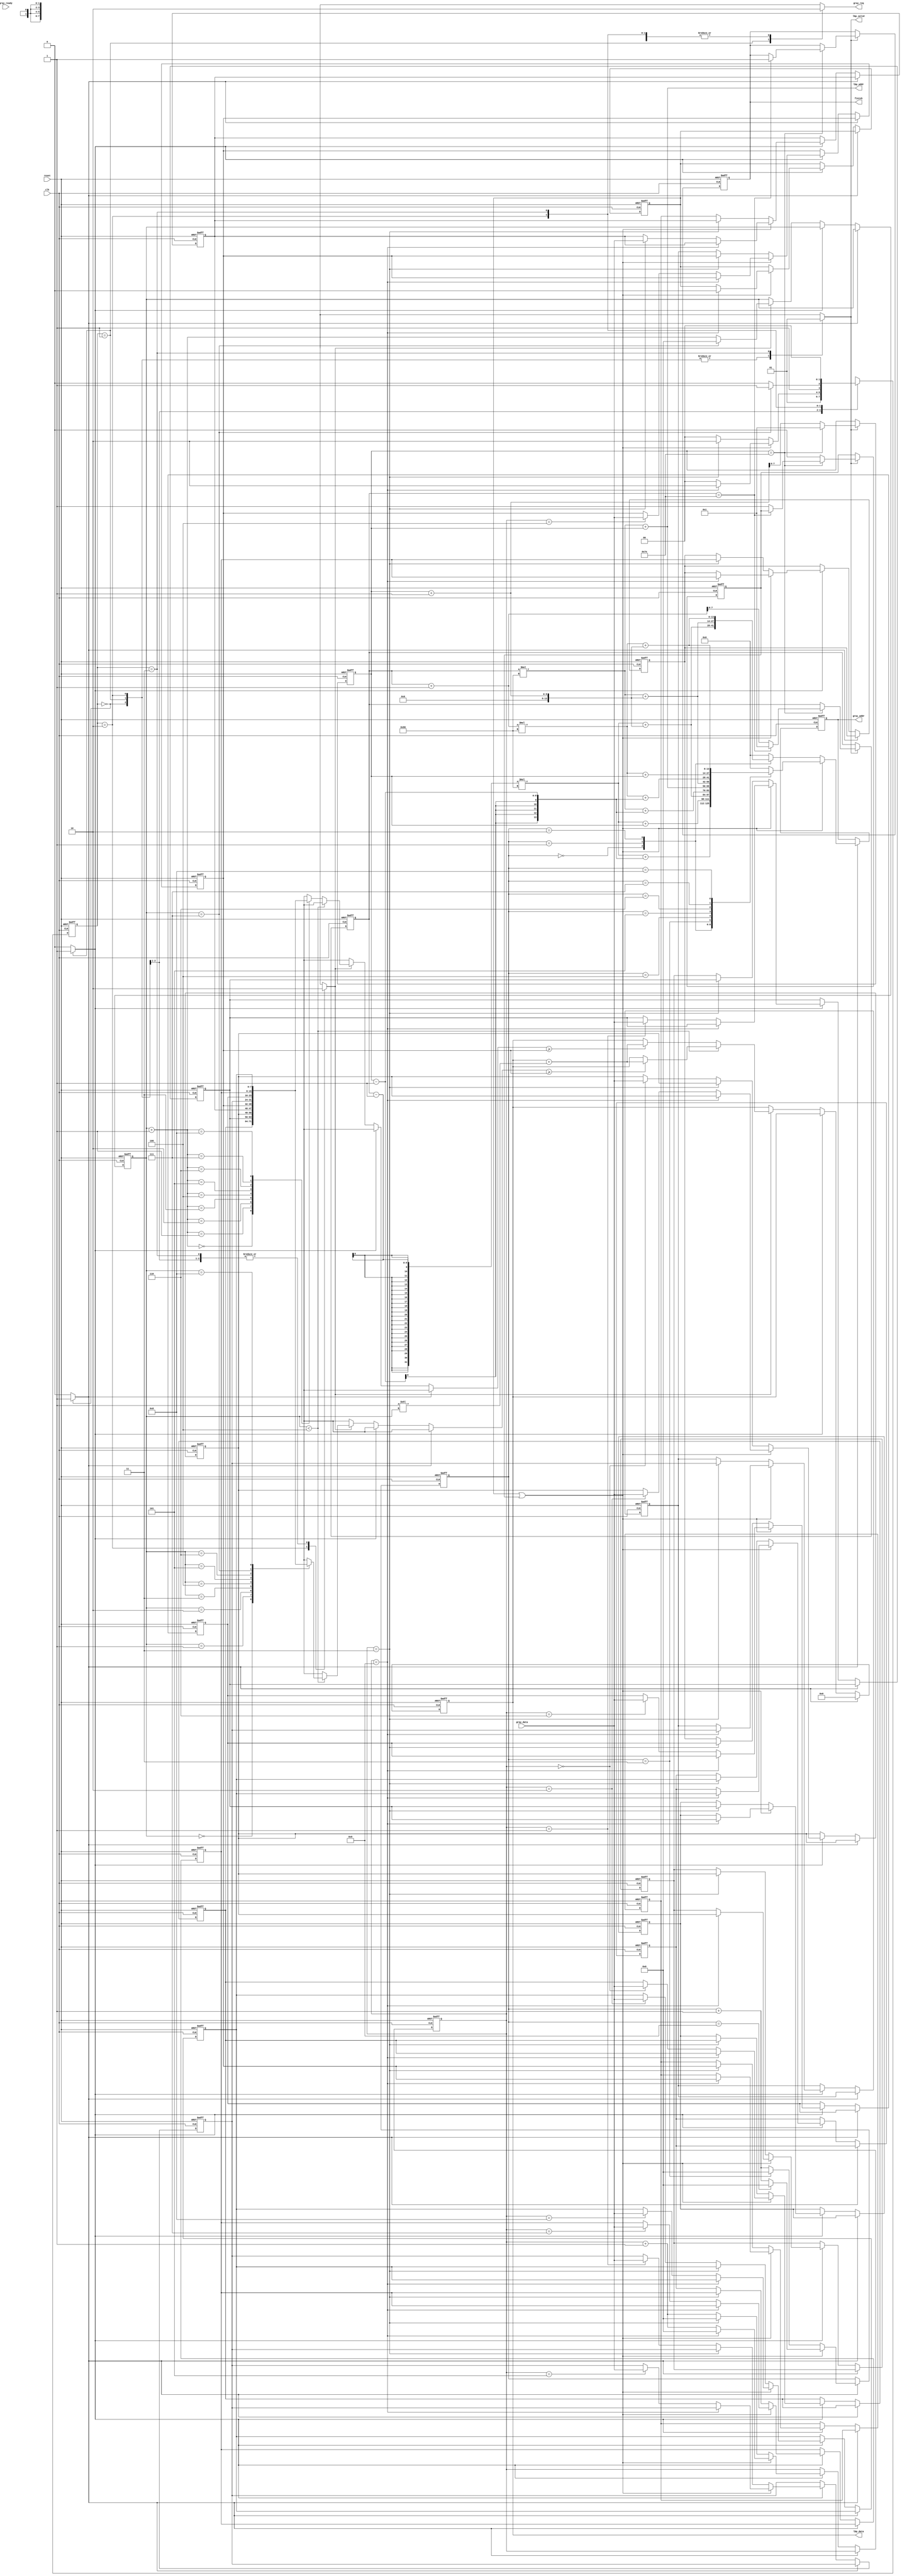
`timescale 1ns/10ps
module LBP ( clk, reset, gray_addr, gray_req, gray_ready, gray_data, lbp_addr, lbp_valid, lbp_data, finish);
input   	clk;
input   	reset;
output  [13:0] 	gray_addr;
output         	gray_req;
input   	gray_ready;
input   [7:0] 	gray_data;
output  [13:0] 	lbp_addr;
output  	lbp_valid;
output  [7:0] 	lbp_data;
output  	finish;
//====================================================================
reg [13:0] gray_addr_reg;
// reg [13:0] lbp_addr_reg;
reg lbp_valid_reg;
// reg [7:0] lbp_data_reg;
reg gray_req_reg;
reg finish_reg;

reg [1:0] CurrentState, NextState;

reg compute, write, load, send_addr;

reg [7:0] row,col;
reg [3:0] counter_addr, counter_load, counter_compute;

// reg [7:0] g_center;
reg [7:0] g_p [0:8];
reg [7:0] LBP_value;

integer i;
reg [7:0] g_p_old [0:8];
reg first_load, move_x;

assign gray_addr = gray_addr_reg;
// assign lbp_addr = lbp_addr_reg;
assign lbp_valid = lbp_valid_reg;
// assign lbp_data = lbp_data_reg;
assign gray_req = gray_req_reg;
assign finish = finish_reg;
assign lbp_data = LBP_value;
assign lbp_addr = row*128 + col;
// function integer s_function;
//     input [7:0] gp;
//     input [7:0] gc;
//     begin
//         if(gp>=gc)    s_function = 1'b1;
//         else    s_function = 1'b0;
//     end
// endfunction

always @(posedge clk, posedge reset) begin //calculate gray_addr & load data
    if(reset)begin
        gray_addr_reg <= 0;
        counter_addr <= 0;
        counter_load <= 0;
        // g_center <= 0;
        for(i=0;i<9;i=i+1)
            g_p[i] <= 0;
        for(i=0;i<9;i=i+1)
            g_p_old[i] <= 0;
        LBP_value <= 0;
        counter_compute <= 0;
        first_load <= 1;
    end
    else if(send_addr)begin
        LBP_value <= 0;
        if(first_load || move_x)begin
            case(counter_addr)
                4'd0: gray_addr_reg <= (row-1) * 128 + (col-1);
                4'd1: gray_addr_reg <= (row-1) * 128 + col;
                4'd2: gray_addr_reg <= (row-1) * 128 + (col+1);
                4'd3: gray_addr_reg <= row * 128 + (col-1);
                4'd4: gray_addr_reg <= row * 128 + col;
                4'd5: gray_addr_reg <= row * 128 + (col+1);
                4'd6: gray_addr_reg <= (row+1) * 128 + (col-1);
                4'd7: gray_addr_reg <= (row+1) * 128 + col;
                4'd8: gray_addr_reg <= (row+1) * 128 + (col+1);
                default: gray_addr_reg <= 0;    
            endcase      
            if(counter_addr==9)begin
                 counter_addr <= 0;
            end
            else begin
                counter_addr <= counter_addr + 1;   
            end
        end
        else begin
            case(counter_addr)
                4'd0: gray_addr_reg <= (row-1) * 128 + (col+1);
                4'd1: gray_addr_reg <= row * 128 + (col+1);
                4'd2: gray_addr_reg <= (row+1) * 128 + (col+1);
                default: gray_addr_reg <= 0;
            endcase      
            if(counter_addr==3)begin
                 counter_addr <= 0;
            end
            else begin
                counter_addr <= counter_addr + 1;  
            end
        end            
    end
    else if(load)begin
        if(first_load || move_x)begin
            if(counter_load==9)begin
                counter_load <= 0;
                 first_load <= 0;
                for(i=0;i<9;i=i+1)
                    g_p_old[i] <= g_p[i];
            end
            else begin
                g_p[counter_load] <= gray_data;
                // if(counter_load == 4)begin
                //     g_center <= gray_data;                
                // end
                counter_load <= counter_load + 1; 
            end
        end
        else begin
            if(counter_load==3)begin
                counter_load <= 0;
                // g_center <= g_p[4];
                for(i=0;i<9;i=i+1)
                    g_p_old[i] <= g_p[i];
            end
            else begin
                g_p[0] <= g_p_old[1];
                g_p[1] <= g_p_old[2];
                g_p[3] <= g_p_old[4];
                g_p[4] <= g_p_old[5];
                g_p[6] <= g_p_old[7];
                g_p[7] <= g_p_old[8];
                case(counter_load)
                    4'd0: g_p[2] <= gray_data;
                    4'd1: g_p[5] <= gray_data;
                    4'd2: g_p[8] <= gray_data;
                endcase
                counter_load <= counter_load + 1; 
            end
        end
    end
    else if(compute)begin   //compute
        // if(counter < 4)
        //     LBP_value <= (LBP_value + ((2'b10 << counter) * s_function(g_p[counter], g_center)));
        // else
        //     LBP_value <= (LBP_value + ((2'b10 << counter) * s_function(g_p[counter+1], g_center)));
        if(counter_compute < 4)
                if(g_p[counter_compute]>=g_p[4]) LBP_value <= LBP_value + (1 << counter_compute);
                else    LBP_value <= LBP_value;
        else
            if(g_p[counter_compute+1]>=g_p[4]) LBP_value <= LBP_value + (1 << counter_compute);
            else    LBP_value <= LBP_value;
        if(counter_compute == 7)begin
            counter_compute <= 0;
            // lbp_addr_reg <= row*128 + col;
            // lbp_data_reg <= LBP_value;
        end
        else begin        
            counter_compute <= counter_compute + 3'd1;
        end
    end 
end

always @(posedge clk,posedge reset)begin    //write
    if(reset)begin
        row <= 1;
        col <= 1;
        // lbp_addr_reg <= 0;
        // lbp_data_reg <= 0;
        finish_reg <= 0;
        
        move_x <= 0;
    end
    else if(write)begin //write
        if(col == 126)begin
            if(row == 126)begin
                //last pixel;
                finish_reg <= 1;
                row <= 1;
                col <= 1;
            end
            else begin
                row <= row + 1;
                col <= 1;
                move_x <= 1;
            end
        end
        else begin
            col <= col + 1;
            move_x <= 0;
        end
    end        
end

always @(*)begin
    case(CurrentState)
        2'b00:begin     //send addr
            NextState <= 2'b01;
        end
        2'b01:begin //load data
            if(first_load || move_x)begin
                if(counter_load == 9)
                    NextState <= 2'b10;
                else
                    NextState <= 2'b00;
            end
            else begin
                if(counter_load == 3)
                    NextState <= 2'b10;
                else
                    NextState <= 2'b00;
            end
        end
        2'b10:begin //compute
            if(counter_compute == 7)
                NextState <= 2'b11;
            else
                NextState <= 2'b10;
        end
        2'b11:begin //write
            NextState <= 2'b00;
        end
    endcase
end
always @(*)begin
    load <= 0;
    send_addr <= 0;
    lbp_valid_reg <= 0;
    case(CurrentState)
        2'b00:begin
            send_addr <= 1;
            gray_req_reg <= 0;
            compute <= 0;
            write <= 0;
            lbp_valid_reg <= 0;
        end
        2'b01:begin 
            gray_req_reg <= 1;
            compute <= 0;
            write <= 0;
            lbp_valid_reg <= 0;
            load <= 1;
        end
        2'b10:begin
            gray_req_reg <= 0;
            compute <= 1;
            write <= 0;
            lbp_valid_reg <= 0;            
        end
        2'b11:begin
            compute <= 0;
            gray_req_reg <= 0;
            write <= 1;
            lbp_valid_reg <= 1;
        end
    endcase
end

always @(posedge clk,posedge reset)begin
    if(reset)begin
        CurrentState <= 2'b0;
    end
    else    CurrentState <= NextState;
end
endmodule